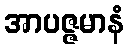
အာပဇ္ဇမာနံ